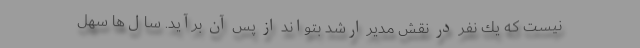
نيست كه يك نفر در نقش مدير ارشد بتواند از پس آن برآيد. سال‌ها سهل